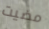
مضيت